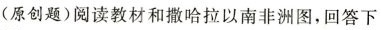
(原创题)阅读教材和撒哈拉以南非洲图，回答下